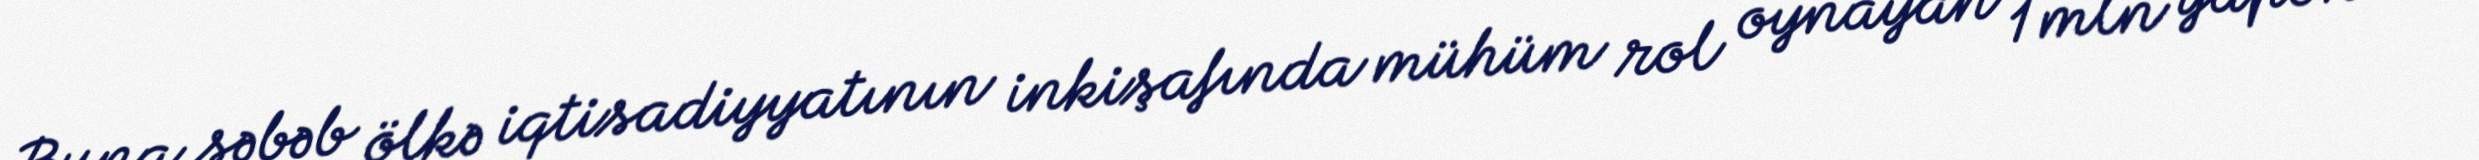
Buna səbəb ölkə iqtisadiyyatının inkişafında mühüm rol oynayan 1 mln yaponun